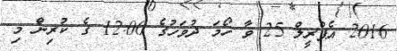
2016 އެޕްރީލް 25 ވާ ހޯމަ ދުވަހުގެ 12:00 ގެ ކުރިން މި